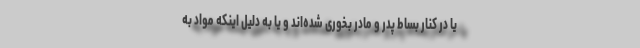
یا در کنار بساط پدر و مادر بخوری شده‌اند و یا به دلیل اینکه مواد به